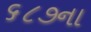
૬૮૭ના